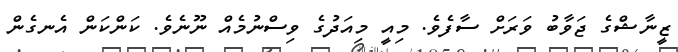
ޒީނާޝްގެ ޖަވާބު ވަރަށް ސާފެވެ. މިއީ މިއަދުގެ ވިސްނުމެއް ނޫނެވެ. ކަންކަން އެނގެން